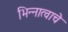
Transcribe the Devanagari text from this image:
भिन्नात्वाचे